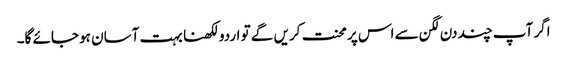
اگر آپ چند دن لگن سے اس پر محنت کریں گے تو اردو لکھنا بہت آسان ہو جائے گا۔